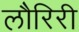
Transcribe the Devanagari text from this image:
लौरिरी